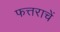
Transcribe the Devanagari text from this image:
फत्तराचें